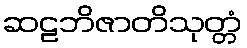
ဆဠဘိဇာတိသုတ္တံ